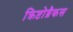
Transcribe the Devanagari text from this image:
क्रिष्टोब्रैकस